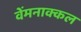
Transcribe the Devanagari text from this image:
वेंमनाक्कल